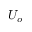
U _ { o }